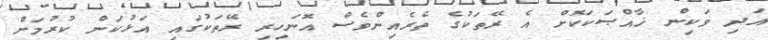
އަދި ވަކިން ޚާއްޞަކަކޮށް އެ ރޭތަކުގެ ތެރެއިންވެސް އޮނަހިރި ރޭތަކުގައި އަޅުކަން ކުރުމަށް